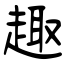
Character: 趣